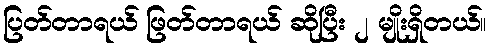
ပြတ်တာရယ် ဖြတ်တာရယ် ဆိုပြီး ၂ မျိုးရှိတယ်။